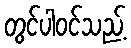
တွင်ပါဝင်သည့်